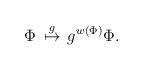
LaTeX: \begin{align*}{\Phi} \,\stackrel{g}{\mapsto}\,g^{w({\Phi})}{\Phi}. \end{align*}